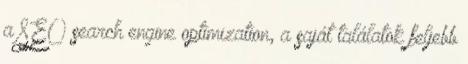
a SEO search engine optimization, a saját találatok feljebb